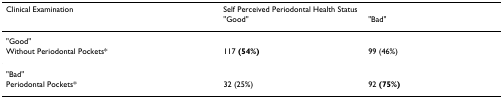
<table><thead><tr><td><b>Clinical Examination</b></td><td colspan="2"><b>Self Perceived Periodontal Health Status</b></td></tr><tr><td></td><td><b>&quot;Good&quot;</b></td><td><b>&quot;Bad&quot;</b></td></tr></thead><tbody><tr><td>&quot;Good&quot;</td><td></td><td></td></tr><tr><td>Without Periodontal Pockets*</td><td>117 <b>(54%)</b></td><td>99 (46%)</td></tr><tr><td>&quot;Bad&quot;</td><td></td><td></td></tr><tr><td>Periodontal Pockets*</td><td>32 (25%)</td><td>92 <b>(75%)</b></td></tr></tbody></table>